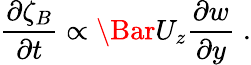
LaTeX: \frac{\partial\zeta_{B}}{\partial t}\propto\Bar{U}_{z}\frac{\partial w}{\partial y}\; .